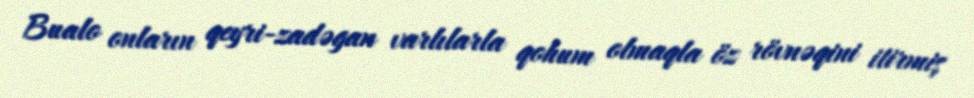
Bualo onların qeyri-zadəgan varlılarla qohum olmaqla öz rövnəqini itirmiş